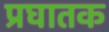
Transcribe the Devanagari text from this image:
प्रघातक